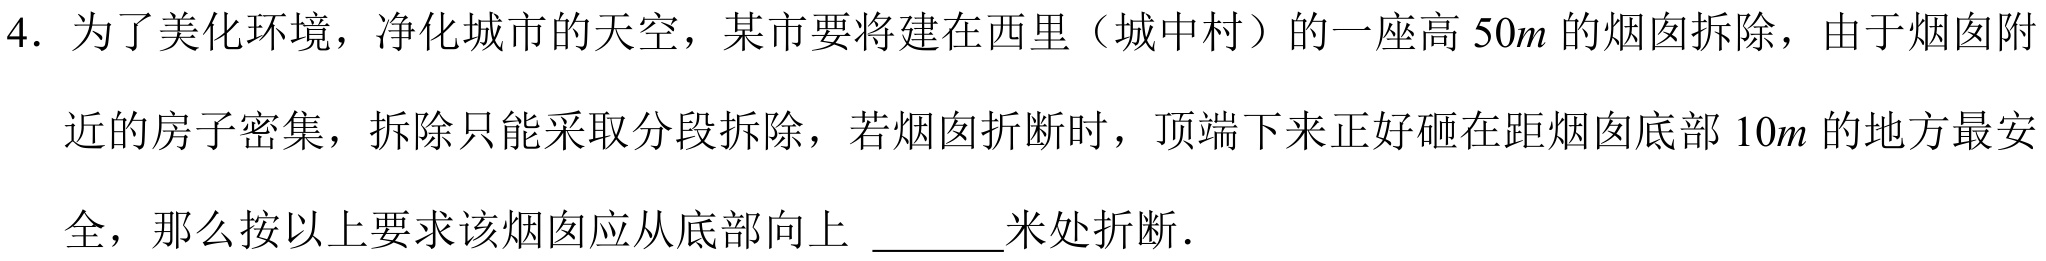
4. 为了美化环境，净化城市的天空，某市要将建在西里（城中村）的一座高 \(50m\) 的烟囱拆除，由于烟囱附
近的房子密集，拆除只能采取分段拆除，若烟囱折断时，顶端下来正好砸在距烟囱底部 \(10m\) 的地方最安
全，那么按以上要求该烟囱应从底部向上 \_\_\_\_ 米处折断.